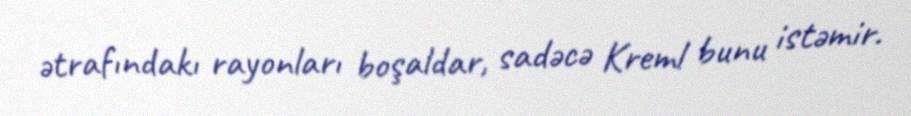
ətrafındakı rayonları boşaldar, sadəcə Kreml bunu istəmir.